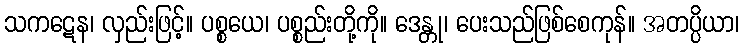
သကဋေန၊ လှည်းဖြင့်။ ပစ္စယေ၊ ပစ္စည်းတို့ကို။ ဒေန္တု၊ ပေးသည်ဖြစ်စေကုန်။ အတပ္ပိယာ၊